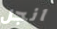
انجل